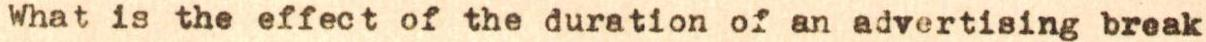
What is the effect of the duration of an advertising break